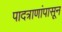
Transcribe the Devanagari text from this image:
पादत्राणांपासून